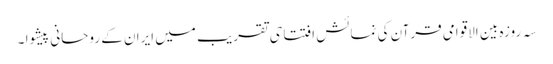
سہ روزہ بین الاقوامی قرآن کی نمائش افتتاحی تقریب میں ایران کے روحانی پیشوا ۔